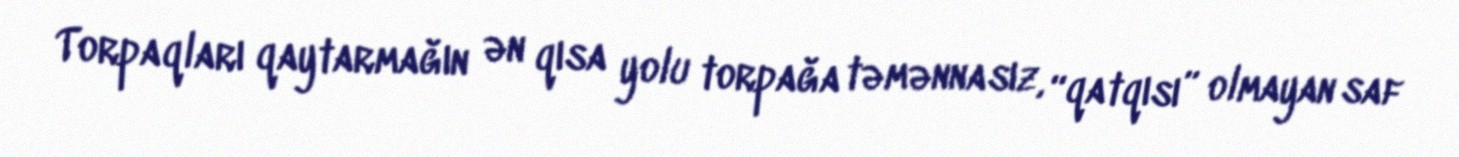
Torpaqları qaytarmağın ən qısa yolu torpağa təmənnasız, “qatqısı” olmayan saf